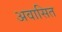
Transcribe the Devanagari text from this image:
अवासित